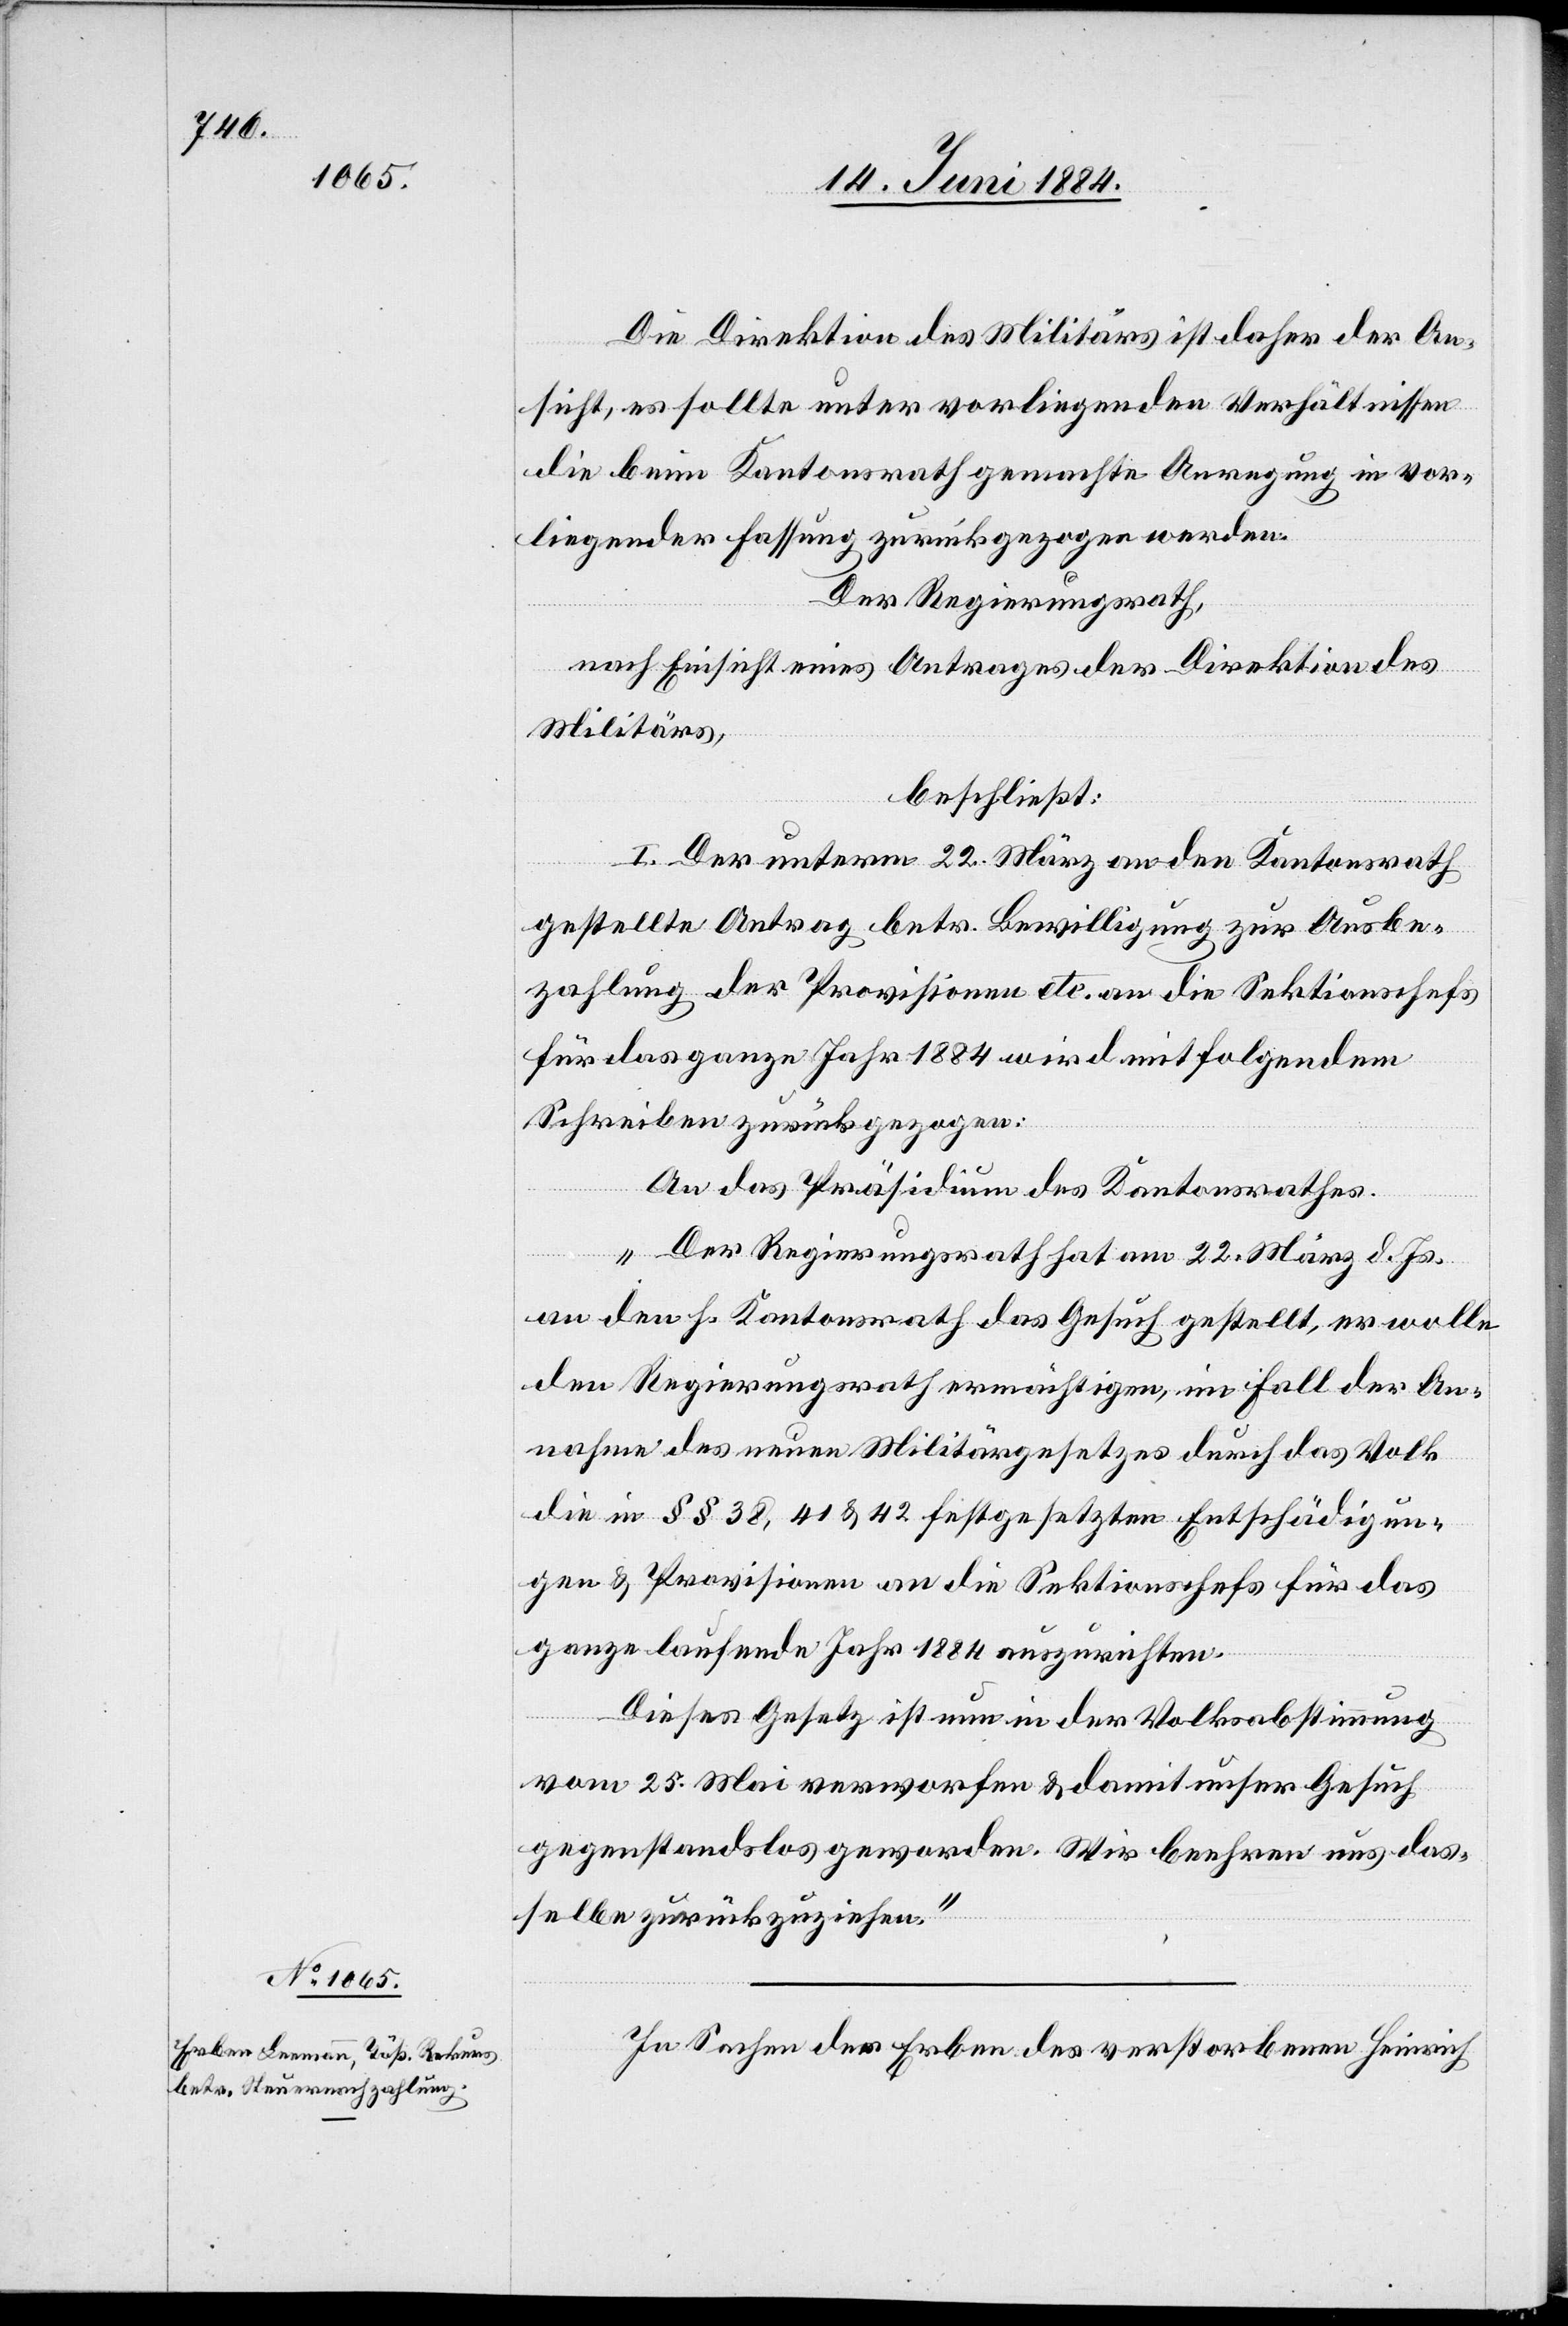
Die Direktion des Militärs ist daher der An¬
sicht, es sollte unter vorliegenden Verhältnissen
die beim Kantonsrath gemachte Anregung in vor¬
liegender Fassung zurückgezogen werden.
Der Regierungsrath,
nach Einsicht eines Antrages der Direktion des
Militärs,
beschließt:
I. Der unterm 22. März an den Kantonsrath
gestellte Antrag betr. Bewilligung zur Ausbe¬
zahlung der Provisionen etc. an die Sektionschefs
für das ganze Jahr 1884 wird mit folgendem
Schreiben zurückgezogen:
An das Präsidium des Kantonsrathes.
„Der Regierungsrath hat am 22. März d. Js.
an den h. Kantonsrath das Gesuch gestellt, er wolle
den Regierungsrath ermächtigen, im Fall der An¬
nahme des neuen Militärgesetzes durch das Volk
die in §§ 38, 41 & 42 festgesetzten Entschädigun¬
gen & Provisionen an die Sektionschefs für das
ganze laufende Jahr 1884 auszurichten.
Dieses Gesetz ist nun in der Volksabstimmung
vom 25. Mai verworfen & damit unser Gesuch
gegenstandslos geworden. Wir beehren uns das¬
selbe zurückzuziehen.“
In Sachen der Erben des verstorbenen Heinrich